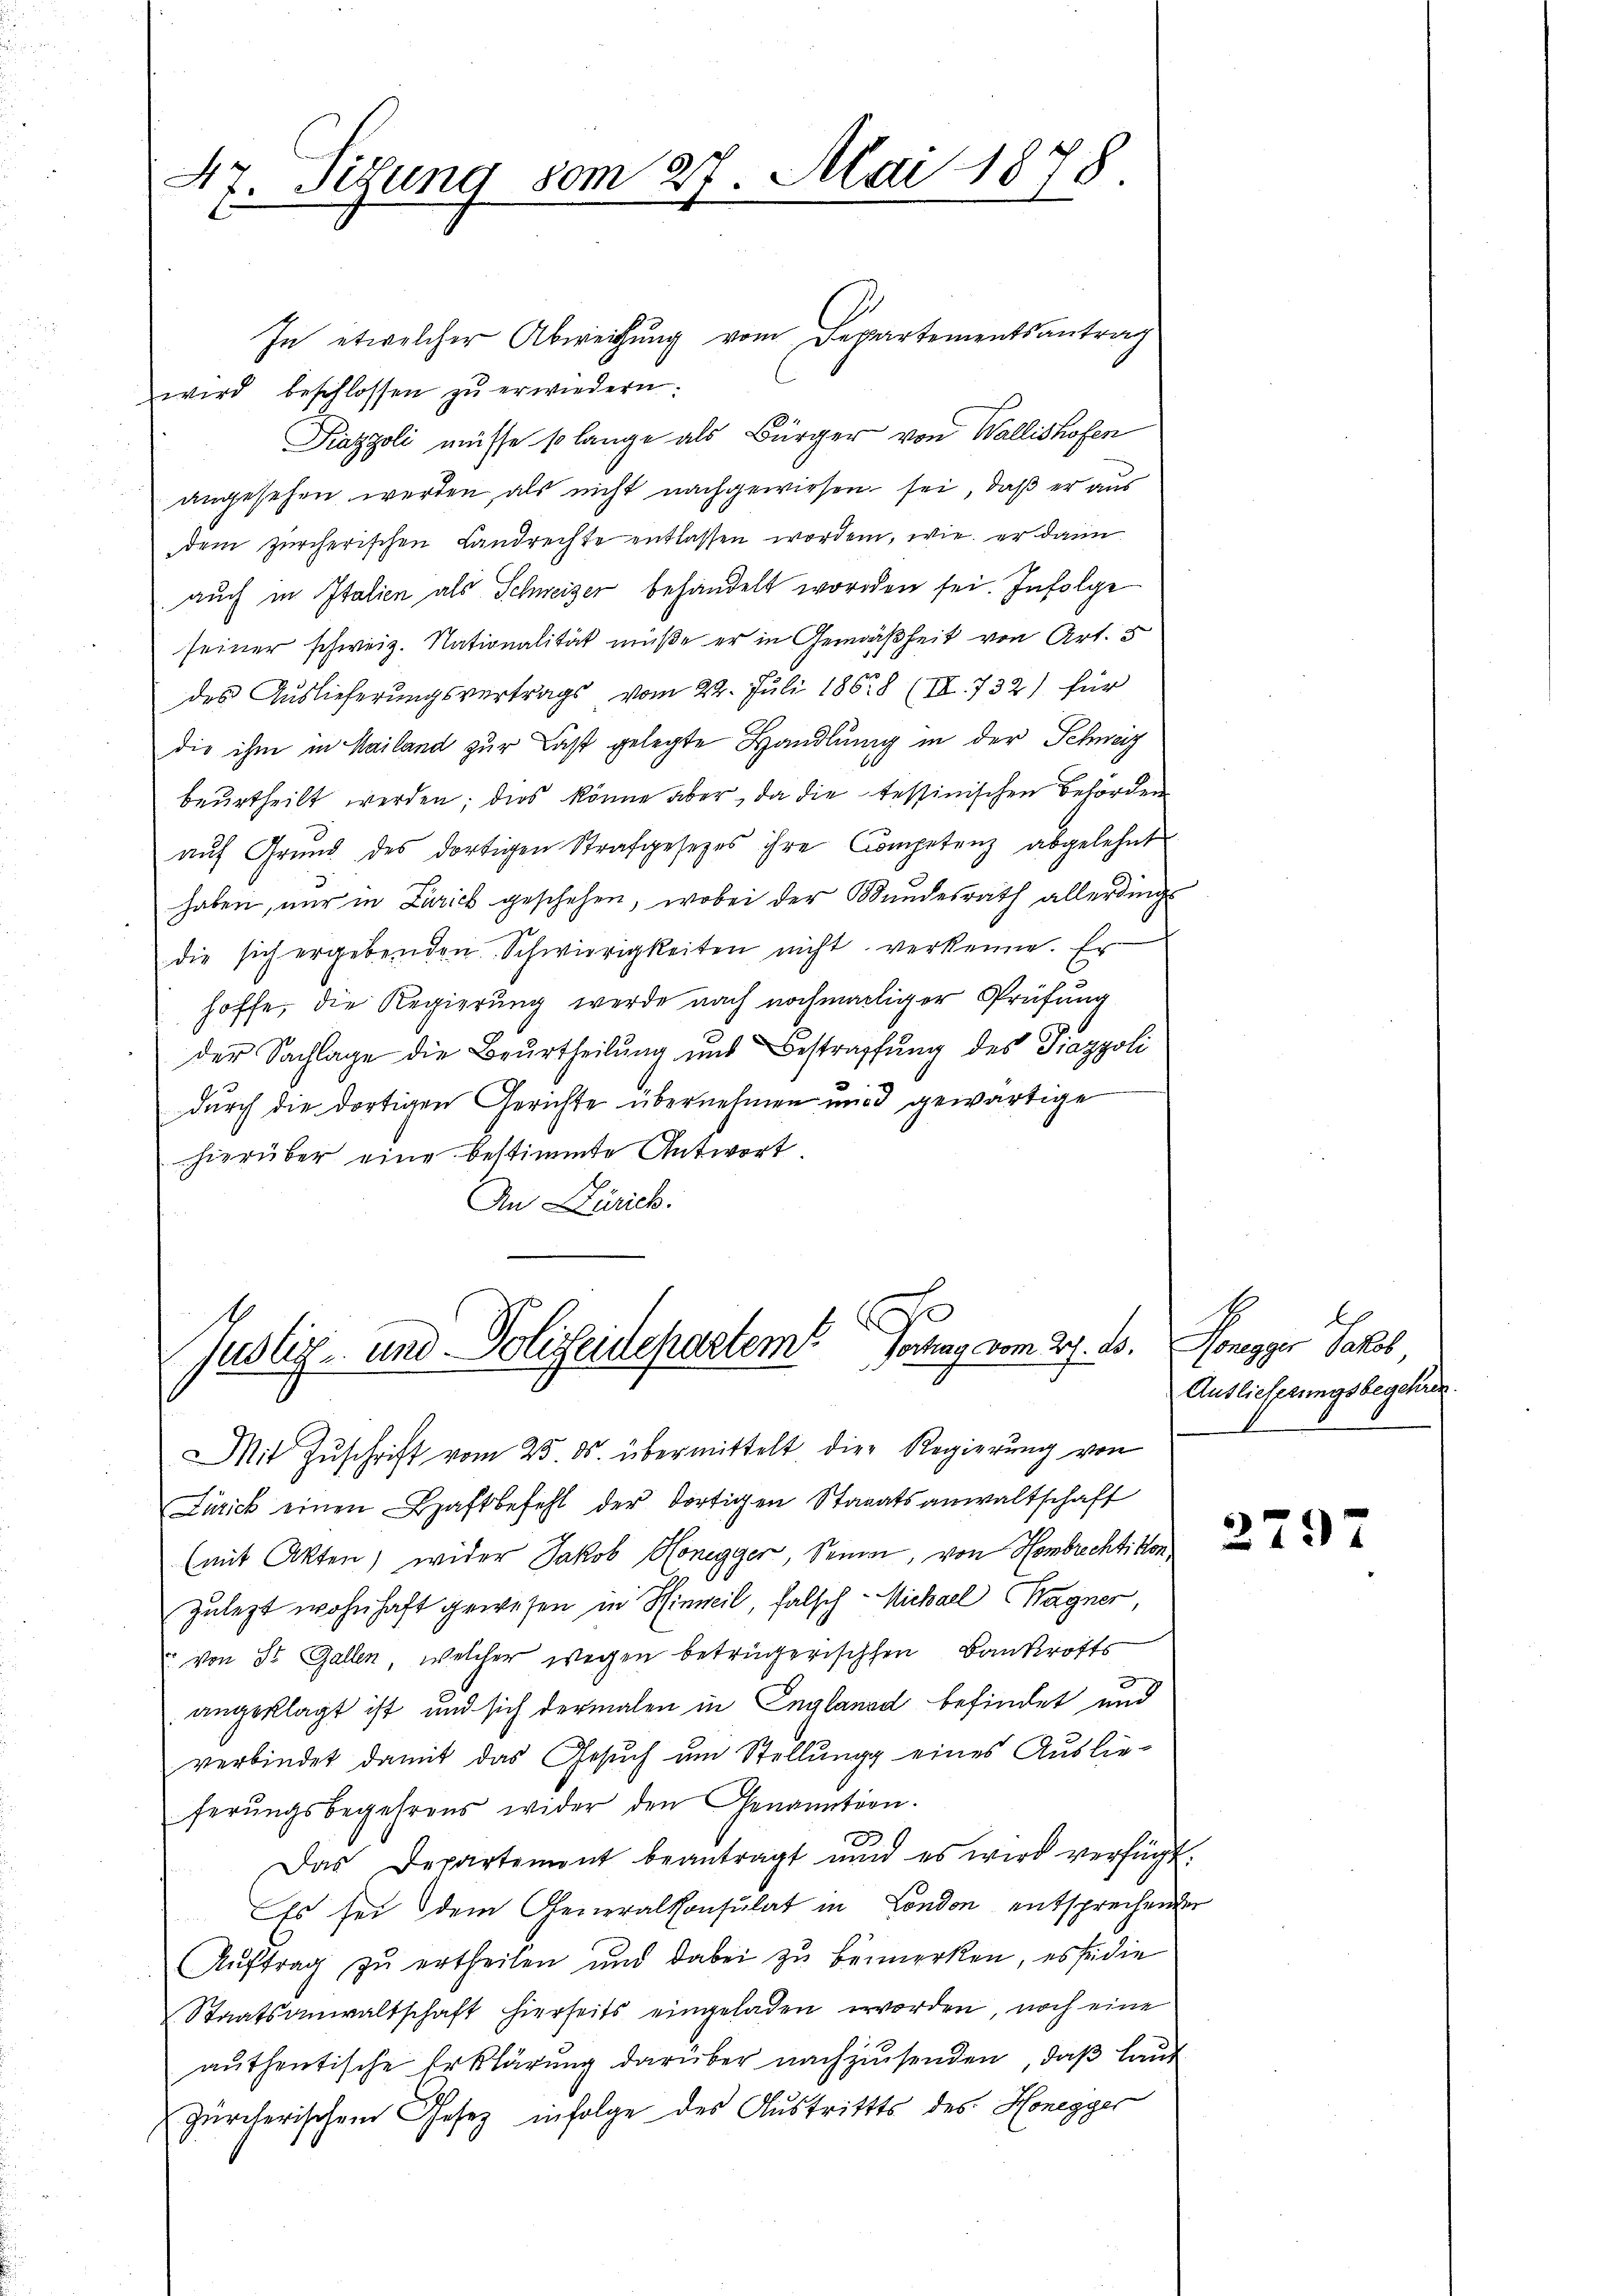
47. Sitzung vom 27. Mai 1878

E
Vortrag vom 27. ds.
Justiz- und Polizeidepartemt

In etwelcher Abweichung vom Departementsantrag
wird beschlossen zŭ erwiedern:
Piazzoli müsse so lange als Bürger von Wallishofen
angesehen werden, als nicht nachgewiesen sei, daß er aus
dem zürcherischen Landrechte entlassen worden, wie er dann
auch in Italien als Schweizer behandelt worden sei. Infolge
seiner schweiz. Nationalität müße er in Gemäßheit von Art. 5
des Auslieferungsvertrags vom 22. Juli 1868 (III. 732) für
die ihm in Mailand zur Last gelegte Handlung in der Schweiz
beurtheilt werden; dies könne aber, da die tessinischen Behörden
aŭf Grŭnd des dortigen Strafgesezes ihre Competenz abgelehnt
haben, nur in Zürich geschehen, wobei der Bundesrath allerdings
die sich ergebenden Schwierigkeiten nicht verkenne. Er
hoffe, die Regierung werde nach nochmaliger Prüfung
der Sachlage die Beurtheilung und Bestraffung des Piazpoli
durch die dortigen Gerichte übernehmen und gewärtige
hierüber eine bestimmte Antwort.
An Zürich.

Mit Zuschrift vom 25. ds. übermittelt die Regierung von
Zürick einen Haftbefehl der dortigen Staaatsanwaltschaft
(mit Akten, wider Jakob Honegger, Sonnen, von Hombrechtikon
zulezt wohnhaft gewesen in Hinweil, falsch - Michael Wagner,
von St. Gallen, welcher wegen betrügerischchen Bankrotts
angeklagt ist, und sich dermalen in England befindet und
verbindet damit das Gesuch um Stellung eines Auslieferungsbegehrens wider den Genanntion.
31
Das Departement beantragt nun es wird verfügt.
Es sei dem Generalkonsulat in London entsprechender
Aŭftrag zŭ ertheilen und dabei zŭ bemerken, es sei die
Staatsanwaltschaft hierseits eingeladen worden, noch eine
authentische Erklärung darüber nachzusenden, daß laut
Zürcherischem Gesetz infolge des Austrittts des Honegger

b
Honegger Jakob
Auslieferungsbegehun